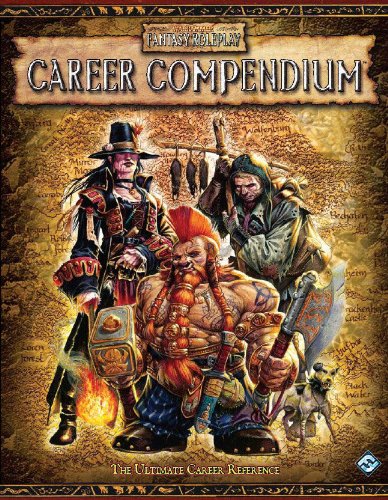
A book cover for Warhammer Fantasy Roleplay: Career Compendium; Fantasy Flight Games; Science Fiction & Fantasy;